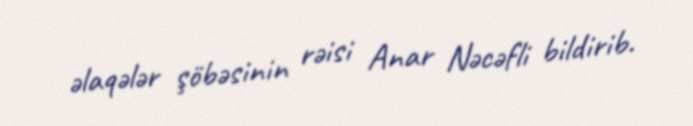
əlaqələr şöbəsinin rəisi Anar Nəcəfli bildirib.